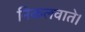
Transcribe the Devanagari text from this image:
निकलवाते।